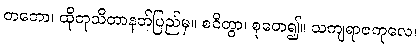
တတော၊ ထိုတုသိတာနတ်ပြည်မှ။ စဝိတွာ၊ စုတေ၍။ သကျရာဇကုလေ၊